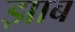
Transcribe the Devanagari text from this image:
झाब